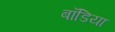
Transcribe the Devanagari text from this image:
बॉडिया